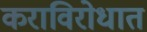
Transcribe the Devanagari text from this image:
कराविरोधात